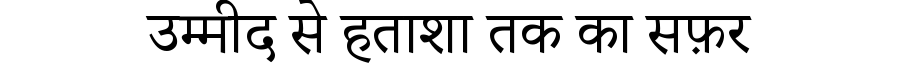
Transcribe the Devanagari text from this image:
उम्मीद से हताशा तक का सफ़र